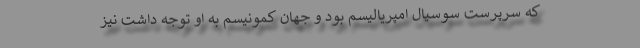
که سرپرست سوسیال امپریالیسم بود و جهان کمونیسم به او توجه داشت نیز